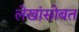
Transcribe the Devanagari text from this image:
लेखांसोबत